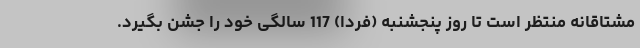
مشتاقانه منتظر است تا روز پنجشنبه (فردا) 117 سالگی خود را جشن بگیرد.